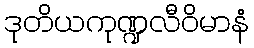
ဒုတိယကုဏ္ဍလီဝိမာနံ